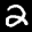
Label: 2